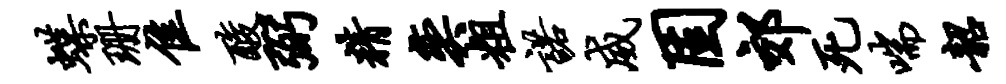
蝶珊隹酸弼精奕粗诺威固郊死喘韶